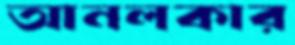
আনলকার